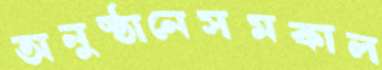
অনুষ্ঠানেসমকাল